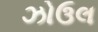
ઝોઉલ